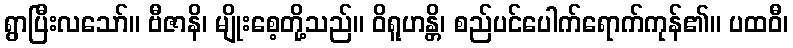
ရွာပြီးလသော်။ ဗီဇာနိ၊ မျိုးစေ့တို့သည်။ ဝိရူဟန္တိ၊ စည်ပင်ပေါက်ရောက်ကုန်၏။ ပထဝီ၊